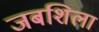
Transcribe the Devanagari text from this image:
जबशिला